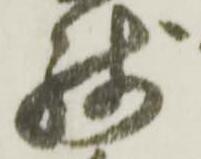
残